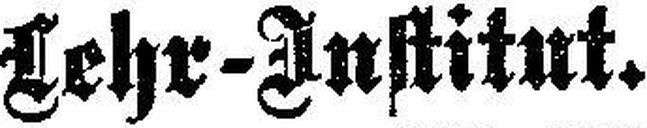
Lehr-Institut.